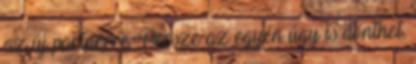
az új partnerre. Persze az egyén úgy is dönthet,